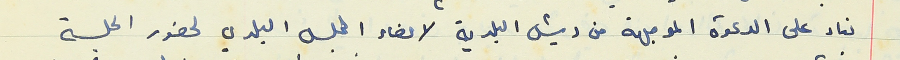
بناء على الدعوة الموجهة من رئيس البلدية لاعضاء المجلس البلدي لحضور الجلسة